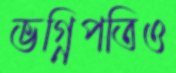
ভগ্নিপতিও